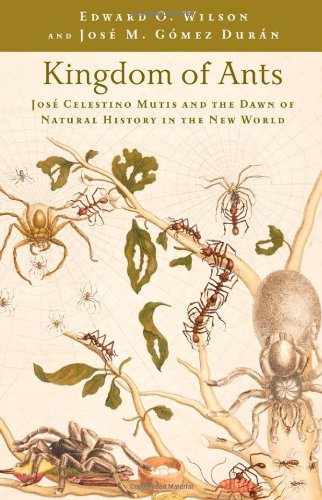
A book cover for Kingdom of Ants: JosÃ© Celestino Mutis and the Dawn of Natural History in the New World; Edward O. Wilson; Science & Math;